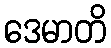
ဒေမာတိ